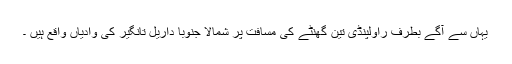
یہاں سے آگے بطرف راولپنڈی تین گھنٹے کی مسافت پر شمالاً جنوباً داریل تانگیر کی وادیاں واقع ہیں ۔